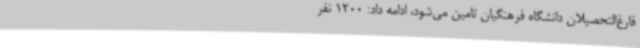
فارغ‌التحصیلان دانشگاه فرهنگیان تامین می‌شود، ادامه داد: 1200 نفر